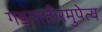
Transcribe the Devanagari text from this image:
गङ्गातीरमुपेत्य